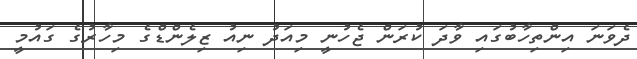
ދެވަނަ އިންތިހާބުގައި ވާދަ ކުރަން ޖެހުނީ މިއަދު ނިއު ޒިލެންޑްގެ މިހާރުގެ ގައުމީ